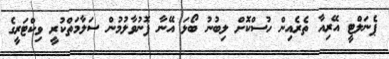
ޕެނަލްޓީ އޭރިއާ ތެރެއިން ހުސްކޮށް ލިބުނު ބޯޅަ އޭނާ ފޮނުވާލުމުން ސަލާމަތްކުރީ ވިކްޓަރީގެ